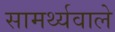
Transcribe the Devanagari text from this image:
सामर्थ्यवाले